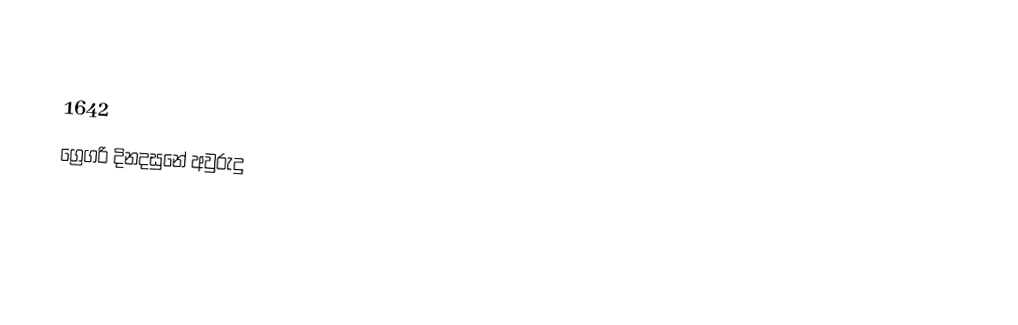

1642
ග්‍රෙගරි දිනදසුනේ අවුරුදු